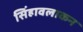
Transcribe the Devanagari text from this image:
सिंहावलाकन